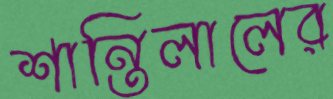
শান্তিলালের